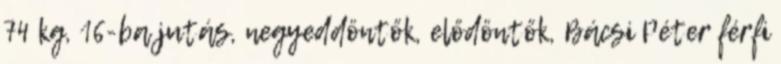
74 kg, 16-ba jutás, negyeddöntők, elődöntők, Bácsi Péter férfi